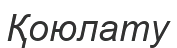
Қоюлату